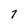
Character: 7